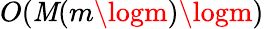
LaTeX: O(\mathit{M}(m\logm)\logm)